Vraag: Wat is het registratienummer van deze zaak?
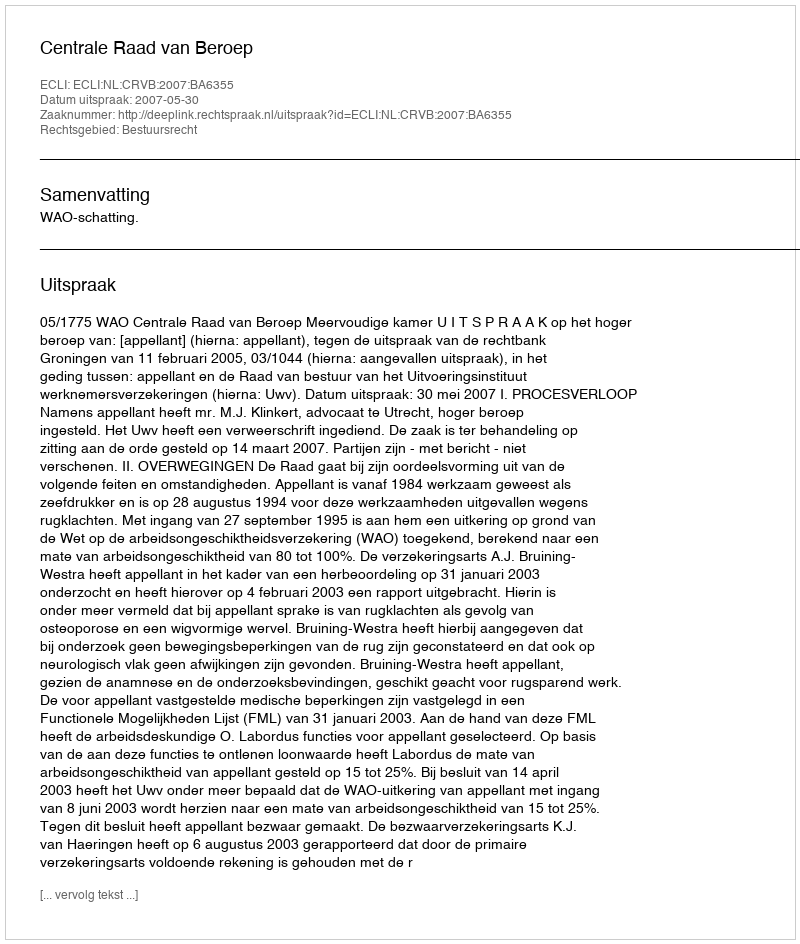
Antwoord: http://deeplink.rechtspraak.nl/uitspraak?id=ECLI:NL:CRVB:2007:BA6355